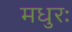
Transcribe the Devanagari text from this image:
मधुरः